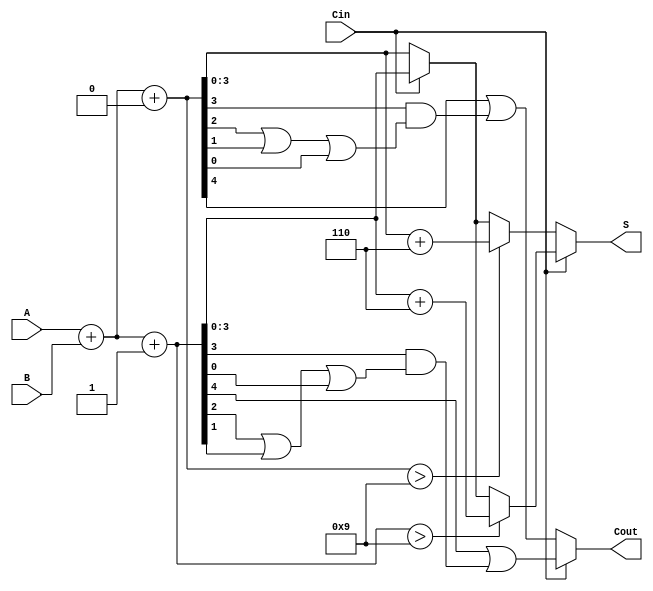
module BCD_MCSA (
    input  wire [3:0] A,       // 4-bit BCD input A
    input  wire [3:0] B,       // 4-bit BCD input B
    input  wire Cin,           // Carry-in
    output reg  [3:0] S,       // 4-bit BCD sum output
    output reg  Cout           // Carry-out
);

    wire [4:0] sum0;          // Sum with Cin = 0
    wire [4:0] sum1;          // Sum with Cin = 1
    wire C0, C1;              // Carry out for Cin = 0 and Cin = 1
    wire [4:0] corrected_sum; // Corrected sum after BCD adjustment

    // Calculate sums for Cin = 0 and Cin = 1
    assign sum0 = A + B + 0;  // Sum when Cin = 0
    assign sum1 = A + B + 1;  // Sum when Cin = 1

    // Determine carry outs
    assign C0 = sum0[4] || (sum0[3] && (sum0[2] || sum0[1] || sum0[0])); // C0 generation
    assign C1 = sum1[4] || (sum1[3] && (sum1[2] || sum1[1] || sum1[0])); // C1 generation

    // Select the appropriate sum based on Cin
    always @(*) begin
        if (Cin) begin
            S = sum1[3:0]; // Select sum1 for Cin = 1
            Cout = C1;     // Select carry out for Cin = 1
        end else begin
            S = sum0[3:0]; // Select sum0 for Cin = 0
            Cout = C0;     // Select carry out for Cin = 0
        end

        // BCD Correction Logic
        if (Cin) begin
            if (sum1 > 9) begin
                S = sum1[3:0] + 4'd6; // Correcting for BCD overflow
            end
        end else begin
            if (sum0 > 9) begin
                S = sum0[3:0] + 4'd6; // Correcting for BCD overflow
            end
        end
    end

endmodule